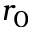
r _ { 0 }